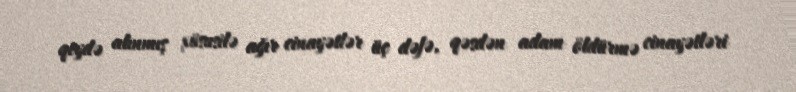
qeydə alınmış xüsusilə ağır cinayətlər üç dəfə, qəsdən adam öldürmə cinayətləri